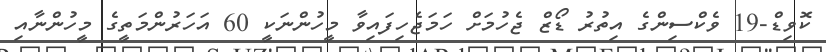
ކޮވިޑް-19 ވެކްސިންގެ އިތުރު ޑޯޒް ޖެހުމަށް ހަމަޖެހިފައިވާ މީހުންނަކީ 60 އަހަރުންމަތީގެ މީހުންނާއި